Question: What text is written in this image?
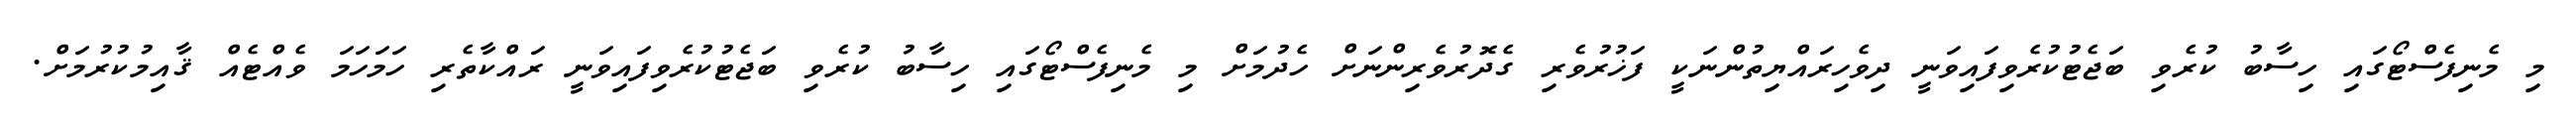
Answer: މި މެނިފެސްޓޯގައި ހިސާބު ކުރެވި ބަޖެޓުކުރެވިފައިވަނީ ދިވެހިރައްޔިތުންނަކީ ފަޚުރުވެރި ގެދޮރުވެރިންނަށް ހެދުމަށް މި މެނިފެސްޓޯގައި ހިސާބު ކުރެވި ބަޖެޓުކުރެވިފައިވަނީ ރައްކާތެރި ހަމަހަމަ ވެއްޓެއް ޤާއިމުކުރުމަށް.